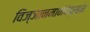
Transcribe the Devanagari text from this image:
विज्ञानमानंदंब्रह्म